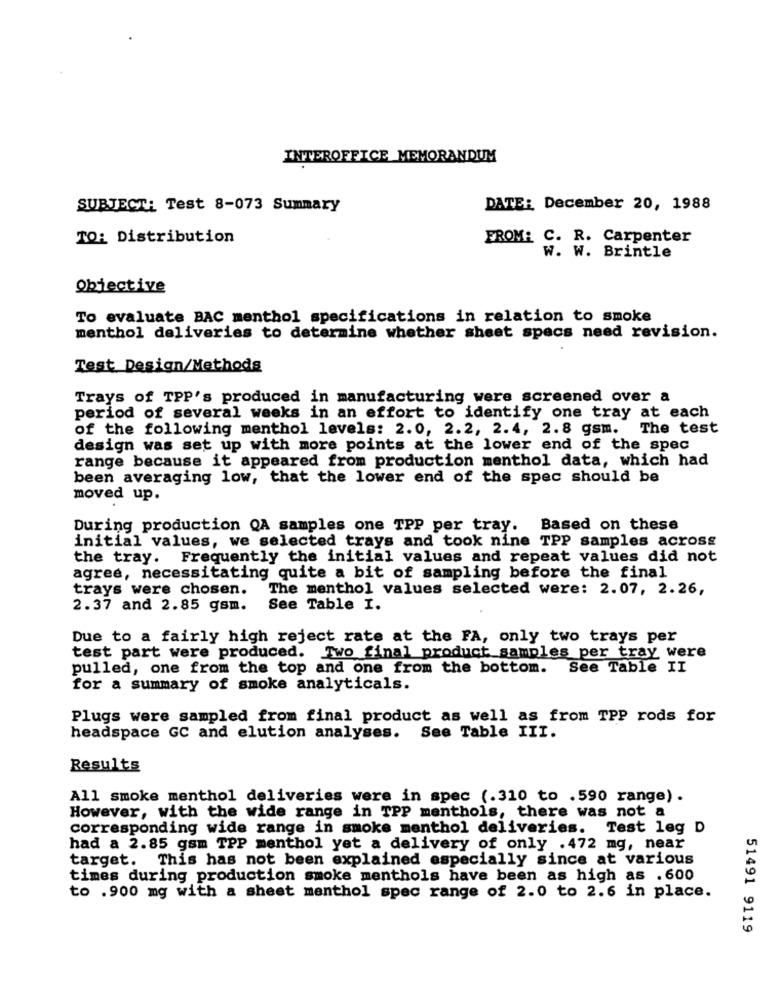
INTEROFFICE MEMORANDUM
SUBJECT: Test 8-073 Summary
DATE: December 20, 1988
TO: Distribution
FROM: C. R. Carpenter
W. W. Brintle
Objective
To evaluate BAC menthol specifications in relation to smoke
menthol deliveries to determine whether sheet specs need revision.
Test Design/Methods
Trays of TPP's produced in manufacturing were screened over a
period of several weeks in an effort to identify one tray at each
of the following menthol levels: 2.0, 2.2, 2.4, 2.8 gsm.
The test
design was set up with more points at the lower end of the spec
range because it appeared from production menthol data, which had
been averaging low, that the lower end of the spec should be
moved up.
During production QA samples one TPP per tray. Based on these
initial values, we selected trays and took nine TPP samples across
the tray. Frequently the initial values and repeat values did not
agree, necessitating quite a bit of sampling before the final
trays were chosen.
The menthol values selected were: 2.07, 2.26,
2.37 and 2.85 gsm.
See Table I.
Due to a fairly high reject rate at the FA, only two trays per
test part were produced. Two final product samples per tray were
pulled, one from the top and one from the bottom.
See Table II
for a summary of smoke analyticals.
Plugs were sampled from final product as well as from TPP rods for
headspace GC and elution analyses. See Table III.
Results
All smoke menthol deliveries were in spec (.310 to .590 range).
However, with the wide range in TPP menthols, there was not a
corresponding wide range in smoke menthol deliveries. Test leg D
had a 2.85 gsm TPP menthol yet a delivery of only .472 mg, near
target. This has not been explained especially since at various
times during production smoke menthols have been as high as .600
to .900 mg with a sheet menthol spec range of 2.0 to 2.6 in place.
51491 9119